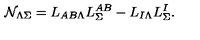
{ \cal N } _ { \Lambda \Sigma } = L _ { A B \Lambda } L _ { \Sigma } ^ { A B } - L _ { I \Lambda } L _ { \Sigma } ^ { I } .